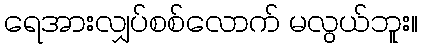
ရေအားလျှပ်စစ်လောက် မလွယ်ဘူး။